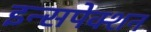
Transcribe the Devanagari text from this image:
इन्सपेक्शन